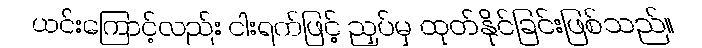
ယင်းကြောင့်လည်း ငါးရက်ဖြင့် ညှပ်မှ ထုတ်နိုင်ခြင်းဖြစ်သည်။